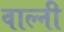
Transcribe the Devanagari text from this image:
वाल्नी